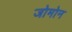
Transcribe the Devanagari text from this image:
जोमोन